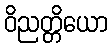
ဝိညတ္တိယော